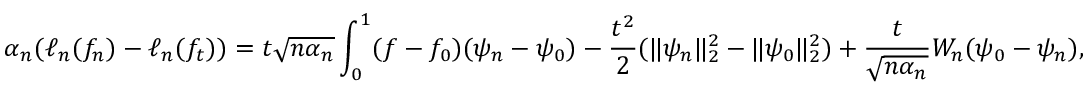
{ \alpha _ { n } } ( \ell _ { n } ( f _ { n } ) - \ell _ { n } ( f _ { t } ) ) = t \sqrt { n { \alpha _ { n } } } \int _ { 0 } ^ { 1 } ( f - f _ { 0 } ) ( \psi _ { n } - \psi _ { 0 } ) - \frac { t ^ { 2 } } { 2 } ( \| \psi _ { n } \| _ { 2 } ^ { 2 } - \| \psi _ { 0 } \| _ { 2 } ^ { 2 } ) + \frac { t } { \sqrt { n \alpha _ { n } } } W _ { n } ( \psi _ { 0 } - \psi _ { n } ) ,